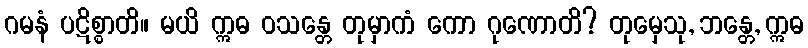
ဂမနံ ပဋိစ္စာတိ။ မယိ ဣဓ ဝသန္တေ တုမှာကံ ကော ဂုဏောတိ? တုမှေသု, ဘန္တေ, ဣဓ